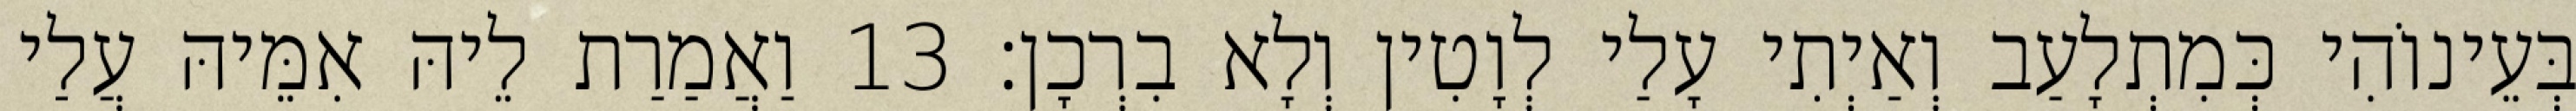
בְּעֵינוֹהִי כְּמִתְלָעַב וְאַיְתִי עָלַי לְוָטִין וְלָא בִרְכָן׃ 13 וַאֲמַרַת לֵיהּ אִמֵּיהּ עֲלַי